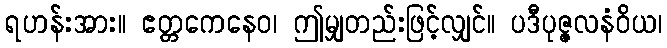
ရဟန်းအား။ ဧတ္တကေနေဝ၊ ဤမျှတည်းဖြင့်လျှင်။ ပဒီပုဇ္ဇလနံဝိယ၊